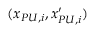
( x _ { P U , i } , x _ { P U , i } ^ { \prime } )